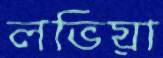
লভিয়া